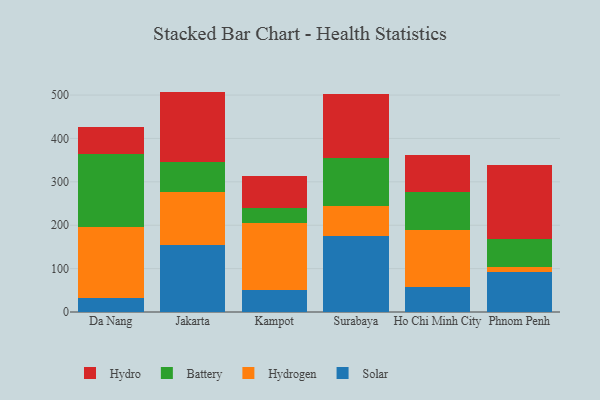
{"axis": {"x": "City", "y": "Headcount"}, "legend": ["Battery", "Hydro", "Hydrogen", "Solar"], "data": [{"x": "Da Nang", "y": 33.1, "type": "Solar"}, {"x": "Da Nang", "y": 163.8, "type": "Hydrogen"}, {"x": "Da Nang", "y": 167.7, "type": "Battery"}, {"x": "Da Nang", "y": 61.6, "type": "Hydro"}, {"x": "Jakarta", "y": 153.3, "type": "Solar"}, {"x": "Jakarta", "y": 122.6, "type": "Hydrogen"}, {"x": "Jakarta", "y": 68.9, "type": "Battery"}, {"x": "Jakarta", "y": 163.2, "type": "Hydro"}, {"x": "Kampot", "y": 51.3, "type": "Solar"}, {"x": "Kampot", "y": 154.3, "type": "Hydrogen"}, {"x": "Kampot", "y": 34.6, "type": "Battery"}, {"x": "Kampot", "y": 72.9, "type": "Hydro"}, {"x": "Surabaya", "y": 175.0, "type": "Solar"}, {"x": "Surabaya", "y": 68.4, "type": "Hydrogen"}, {"x": "Surabaya", "y": 110.6, "type": "Battery"}, {"x": "Surabaya", "y": 147.8, "type": "Hydro"}, {"x": "Ho Chi Minh City", "y": 57.9, "type": "Solar"}, {"x": "Ho Chi Minh City", "y": 131.6, "type": "Hydrogen"}, {"x": "Ho Chi Minh City", "y": 87.8, "type": "Battery"}, {"x": "Ho Chi Minh City", "y": 83.6, "type": "Hydro"}, {"x": "Phnom Penh", "y": 91.3, "type": "Solar"}, {"x": "Phnom Penh", "y": 12.3, "type": "Hydrogen"}, {"x": "Phnom Penh", "y": 63.9, "type": "Battery"}, {"x": "Phnom Penh", "y": 171.5, "type": "Hydro"}]}